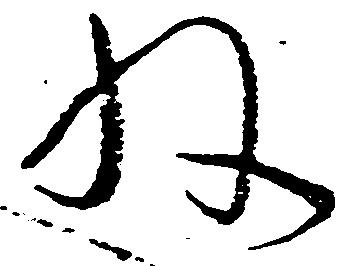
ね